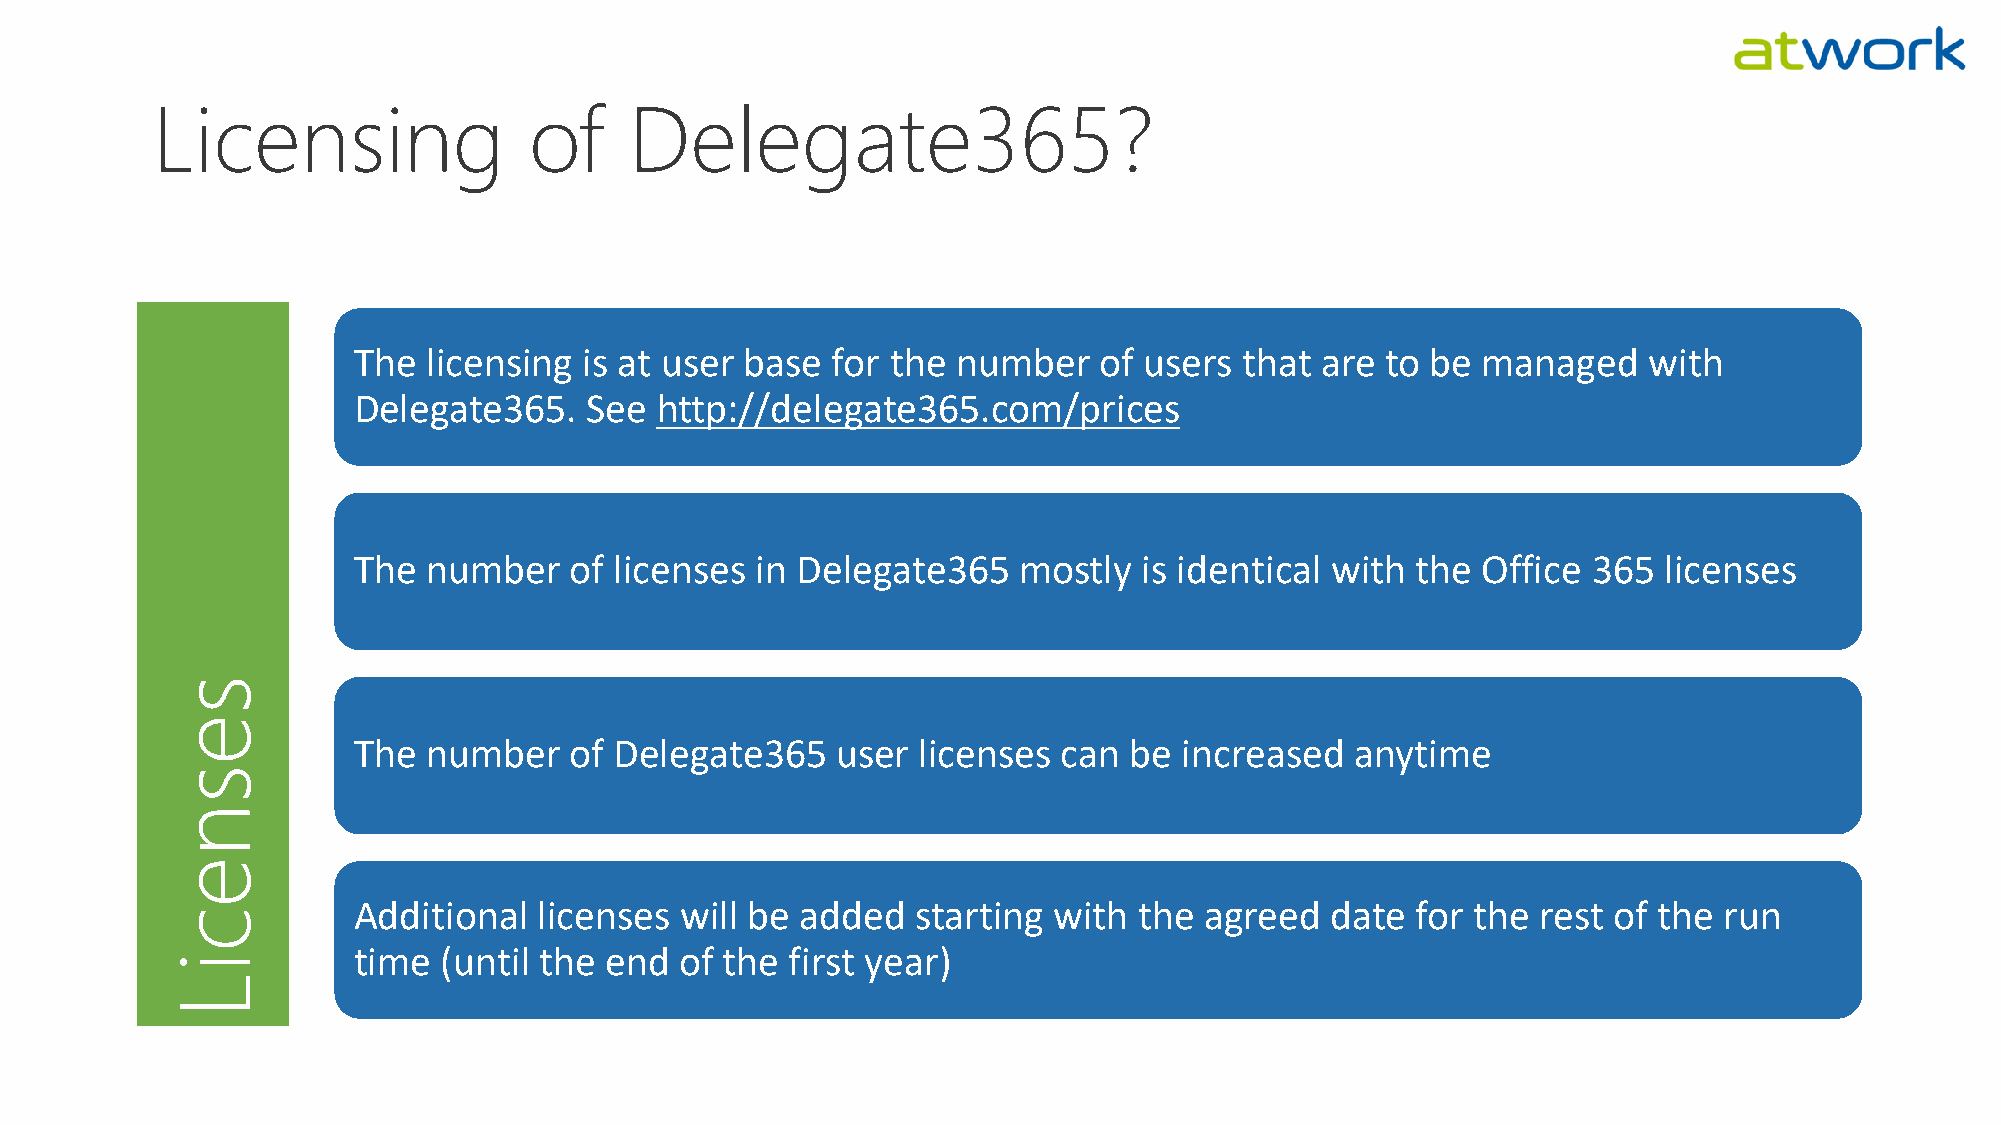
Licensing                of     Delegate365?
 The  licensing  is at user base for the number    of users that are  to be managed    with
 Delegate365.    See http://delegate365.com/prices
 The  number    of licenses in Delegate365   mostly   is identical with the Office 365  licenses
 s
 e
 The  number    of Delegate365   user  licenses can  be increased   anytime
 s
 n
 e
 Additional   licenses will be added   starting with the  agreed  date  for the rest of the run
 c
 time  (until the end  of the first year)
 i
 L